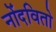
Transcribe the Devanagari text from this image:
नोंदवितो